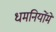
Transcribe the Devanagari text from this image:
धमनियोंमें